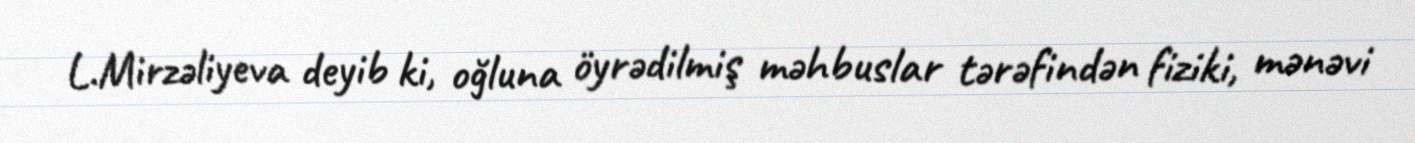
L.Mirzəliyeva deyib ki, oğluna öyrədilmiş məhbuslar tərəfindən fiziki, mənəvi